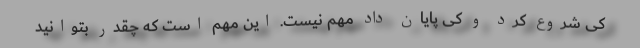
کی شروع کرد و کی پایان داد مهم نیست. این مهم است که چقدر بتوانید